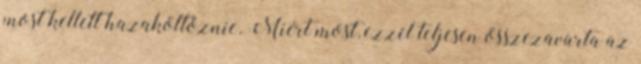
most kellett hazaköltöznie. Miért most, ezzel teljesen összezavarta az